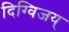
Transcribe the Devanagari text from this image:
दिग्विजय्